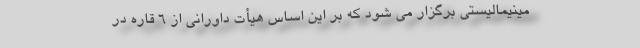
مینیمالیستی برگزار می شود که بر این اساس هیأت داورانی از 6 قاره در